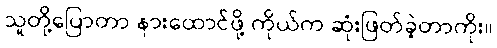
သူတို့ပြောတာ နားထောင်ဖို့ ကိုယ်က ဆုံးဖြတ်ခဲ့တာကိုး။